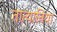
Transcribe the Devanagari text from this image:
तात्यानिया